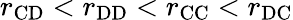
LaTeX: r_{\mathrm{CD}}<r_{\mathrm{DD}}<r_{\mathrm{CC}}<r_{\mathrm{DC}}